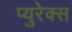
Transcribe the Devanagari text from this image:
प्युरेक्स